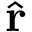
\hat { \mathbf { r } }